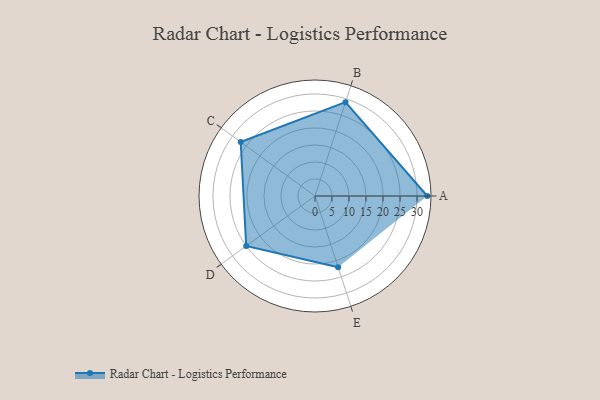
{"axis": {"x": "Skill", "y": "Score"}, "legend": ["Profile"], "data": [{"x": "A", "y": 33.0, "type": "Profile"}, {"x": "B", "y": 29.0, "type": "Profile"}, {"x": "C", "y": 27.0, "type": "Profile"}, {"x": "D", "y": 25.0, "type": "Profile"}, {"x": "E", "y": 22.0, "type": "Profile"}]}